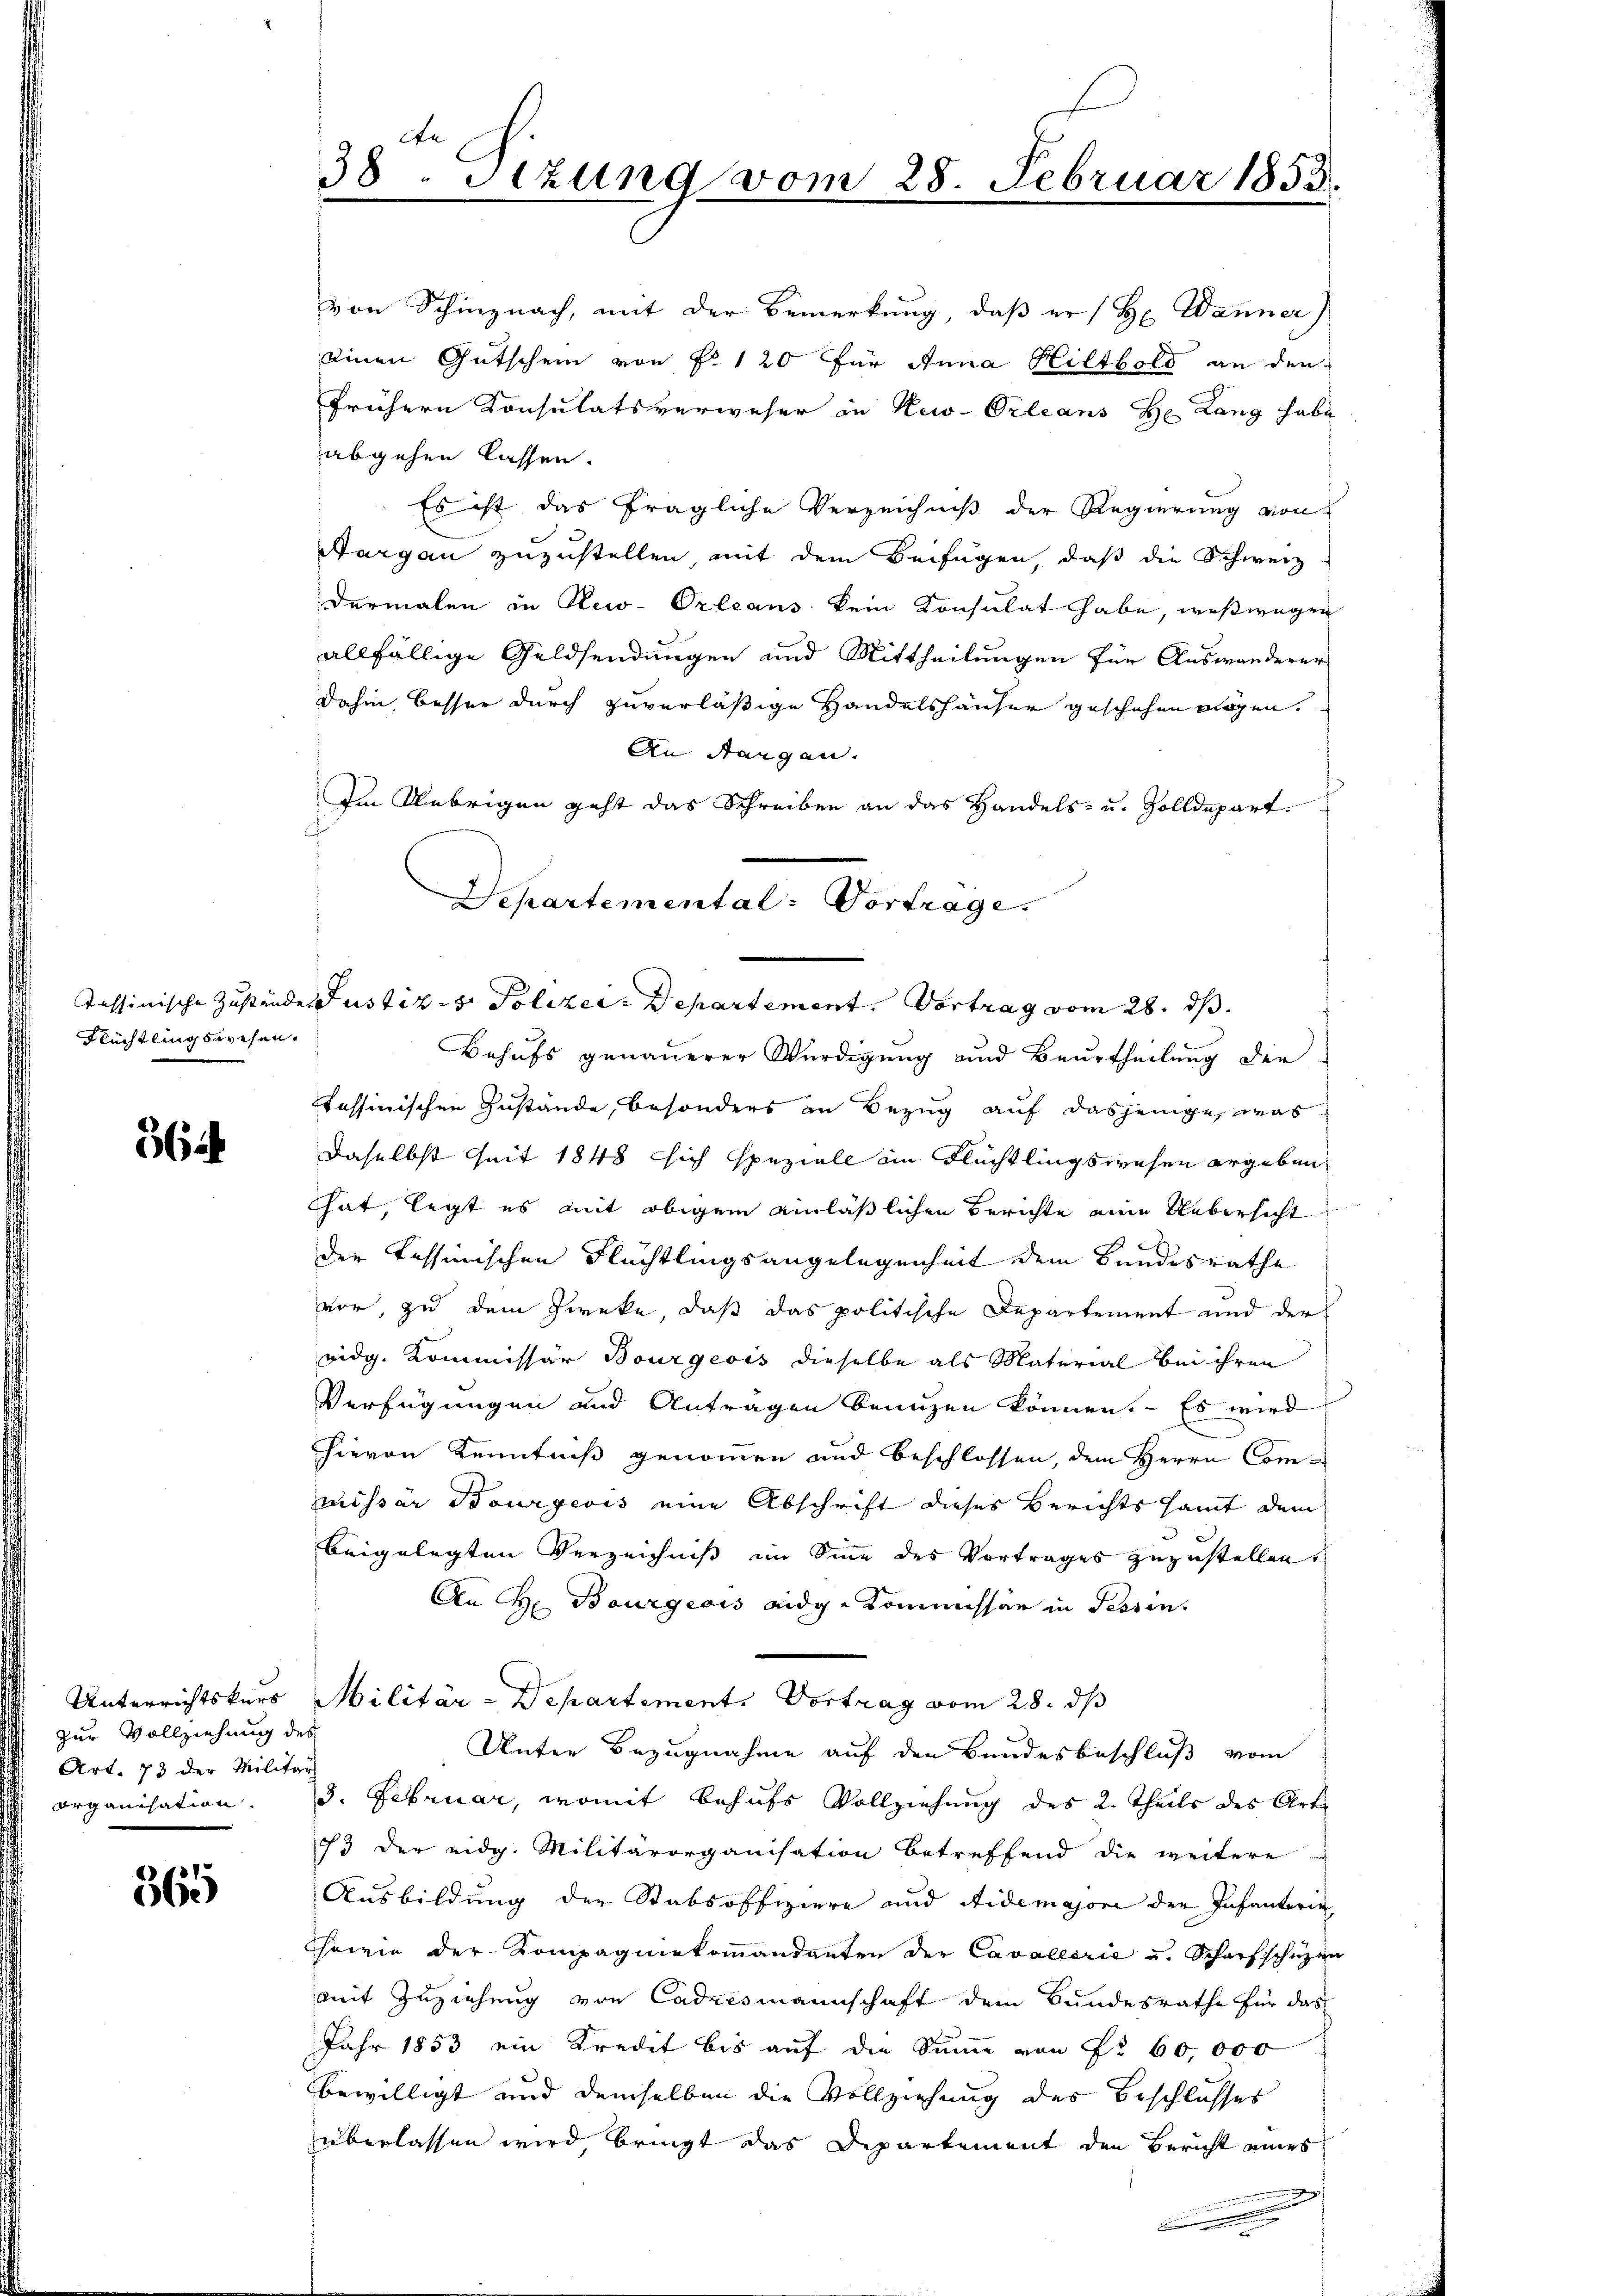
Flüchtlingswesen.

56

zur Vollziehung des
Art. 73 der Militär

565

ce
38. Sizung vom 28. Februar 1853.

abgehen lassen.
Es ist das fragliche Verzeichniß der Regierung von
Aargau zuzustellen mit dem Beifügen, daß die Schweiz
dermalen in New-Orleans kein Konsulat habe, weßwegen
allfällige Geldsendungen und Mittheilungen für Auswanderer
dahin besser durch zuverläßige Handelshäuser geschehen eigen.
An Stangen.
Im Uebrigen geht das Schreiben an das Handels- u. Zolldepart
Behufs genauerer Würdigung und Beurtheilung der
tessinischen Zustände, besonders an Bezug auf dasjenige, was
daselbst seit 1848 sich speziell an Flüchtlingswesen ergeben
That, legt es mit obigem einläßlichen Berichte eine Uebersicht
der Tessinischen Flüchtlingsangelegenheit dem Bundesrathe
vor, zu dem Zweke, daß das politische Departement und der
vidg. Kommissär Bourgeois dieselbe als Material bei ihren
Verfügungen und Anträgen benuzen können. - Es wird
hievon Kenntniß genommen und beschlossen, dem Herrn Commissär Bourgeois eine Abschrift dieses Berichts samt dem
beigelegten Verzeichniß im Sinn des Vortrages zuzustellen.
An Hr. Bourgeois eidg. Kommissär in Tessin.
Unterrichtskurs Militär-Departement. Vortrag vom 28. ds
Unter Bezugnahme auf den Bundesbeschluß vom
organisation. J. Februar, womit behufs Vollziehung des 2. Theils des Art.
73 der eidg. Militärorganisation betreffend die weitere
Ausbildung der Stabsoffiziere und Aidemajore der Infanterie,
Chowie der Kompagniekoṁandanten der Cavallsrie u. Scharfschüzen
mit Zuziehung von Cadrismannschaft dem Bundesrathe für das
Jahr 1853 ein Kredit bis auf die Summe von Nr. 60,000
bewilligt und demselben die Vollziehung des Beschlosses
überlassen wird bringt das Departement den Bericht eines
.

von Schinznach, mit der Bemerkung, daß er (H. Wanner)
einen Gutschein von Fr. 120 für Anna Hiltbold an den
frühern Konsulatsverweser in New-Orleans H. Lang habe

Departemental: Vortrage.
Tessinische Zustände Justiz- & Polizei- Departement. Vortrag vom 28. ds.